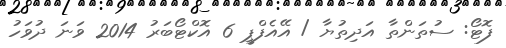
ފޮޓޯ: ސުތަންތާ އަދިތުޔާ / އޭއެފްޕީ 6 އޮކްޓޯބަރު 2014 ވަނަ ދުވަހު